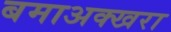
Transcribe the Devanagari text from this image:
बमाअक्खरा